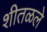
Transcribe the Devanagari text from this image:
शीतळले